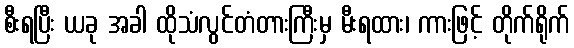
စီးရပြီး ယခု အခါ ထိုသံလွင်တံတားကြီးမှ မီးရထား၊ ကားဖြင့် တိုက်ရိုက်